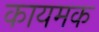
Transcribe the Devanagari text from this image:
कायमक